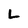
Character: L